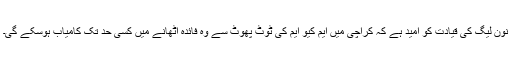
نون لیگ کی قیادت کو امید ہے کہ کراچی میں ایم کیو ایم کی ٹوٹ پھوٹ سے وہ فائدہ اٹھانے میں کسی حد تک کامیاب ہوسکے گی۔